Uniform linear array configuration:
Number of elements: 32
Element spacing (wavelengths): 0.25
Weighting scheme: blackman
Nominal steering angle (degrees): -45
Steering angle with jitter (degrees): -44.7
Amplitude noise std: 0.05
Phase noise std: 0.05

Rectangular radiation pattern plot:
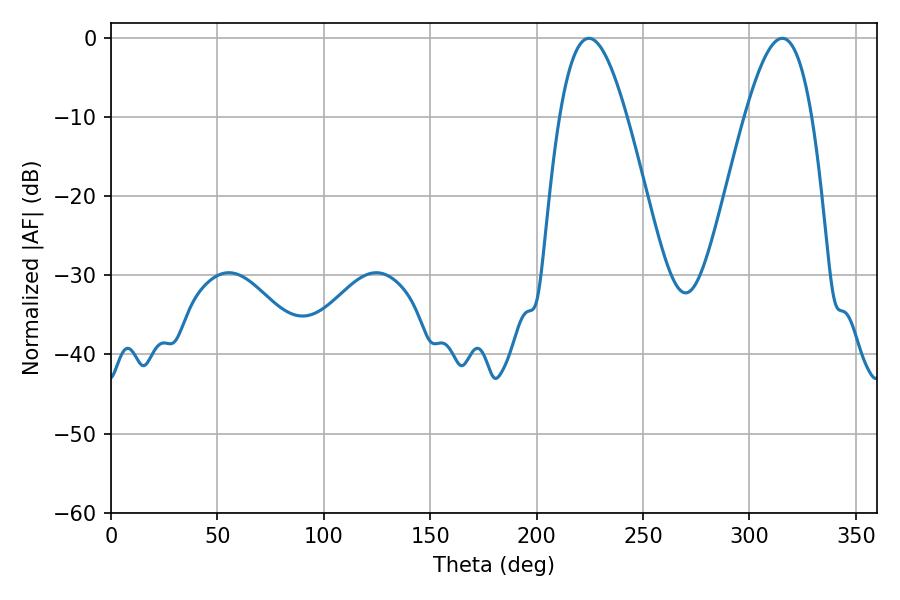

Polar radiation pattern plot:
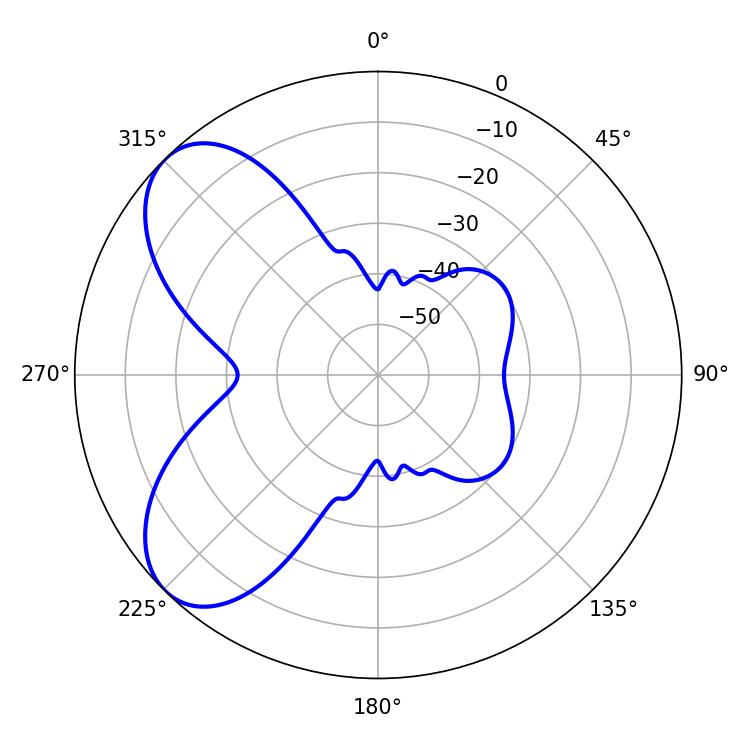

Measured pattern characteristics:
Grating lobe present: FALSE
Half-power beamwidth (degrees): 17.28
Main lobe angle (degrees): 224.64